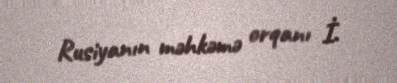
Rusiyanın məhkəmə orqanı İ.